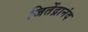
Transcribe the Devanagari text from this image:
जितेंद्रानंद